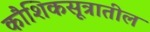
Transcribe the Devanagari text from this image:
कौशिकसूत्रातील